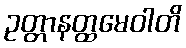
ဥတ္တာနတ္ထမေဝါတိ